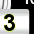
Digit: 3